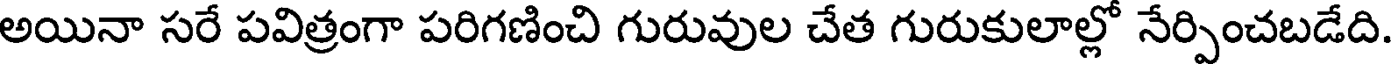
అయినా సరే పవిత్రంగా పరిగణించి గురువుల చేత గురుకులాల్లో నేర్పించబడేది